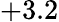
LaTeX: +3.2